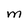
Character: M